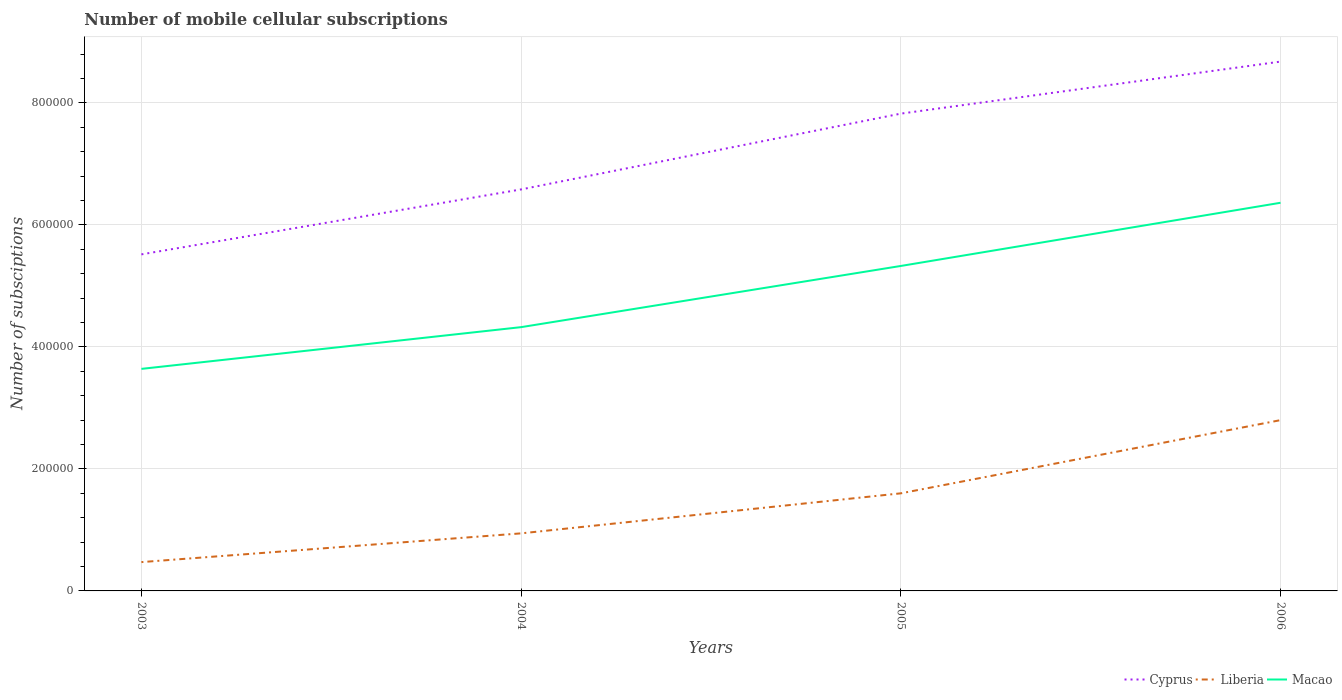
| Years | Cyprus | Liberia | Macao |
 | --- | --- | --- | --- |
 | 2003 | 5.52e+05 | 4.72e+04 | 3.64e+05 |
 | 2004 | 6.58e+05 | 9.44e+04 | 4.32e+05 |
 | 2005 | 7.83e+05 | 1.6e+05 | 5.33e+05 |
 | 2006 | 8.68e+05 | 2.8e+05 | 6.36e+05 |